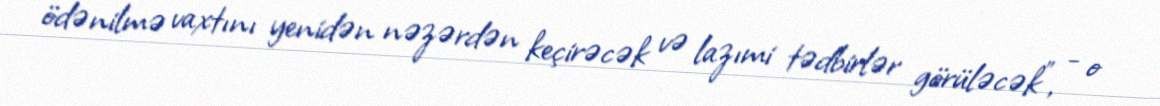
ödənilmə vaxtını yenidən nəzərdən keçirəcək və lazımi tədbirlər görüləcək”, - o